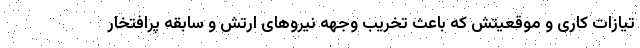
تیازات کاری و موقعیتش که باعث تخریب وجهه نیروهای ارتش و سابقه پرافتخار